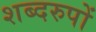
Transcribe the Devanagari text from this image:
शब्दरुपों